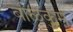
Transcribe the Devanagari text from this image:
बाळकुम